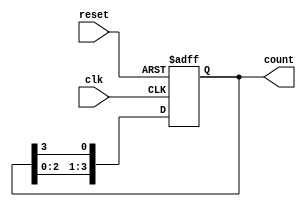
module ring_counter (
    input wire clk,
    input wire reset,
    output reg [3:0] count
);

reg [3:0] next_count;

always @(posedge clk or posedge reset) begin
    if (reset) begin
        count <= 4'b0000;
    end else begin
        count <= next_count;
    end
end

always @(*) begin
    next_count[0] = count[3];
    next_count[1] = count[0];
    next_count[2] = count[1];
    next_count[3] = count[2];
end

endmodule